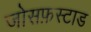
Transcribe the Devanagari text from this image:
जोसफ़स्टाड